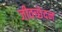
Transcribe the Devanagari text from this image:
जीवच्छेदन